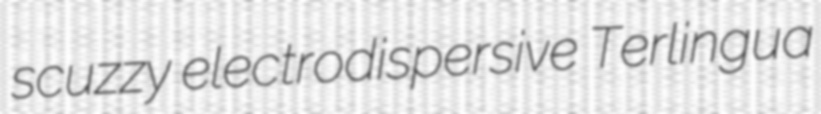
scuzzy electrodispersive Terlingua